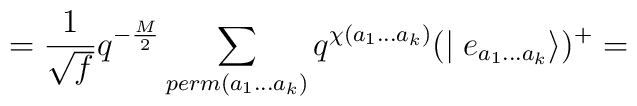
= \frac {1}{\sqrt {f}} q^{-\frac {M}{2}} \sum _{perm(a_{1}...a_{k})}q^{\chi(a_{1}...a_{k})} (\mid e_{a_{1}...a_{k}}\rangle)^{+}=